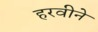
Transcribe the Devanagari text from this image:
हरवीने